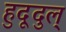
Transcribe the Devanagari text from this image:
हुदूदुल्